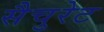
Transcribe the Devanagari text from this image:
सैचुरेट